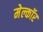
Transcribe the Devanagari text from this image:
मेल्कॉर